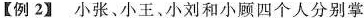
【例2】小张、小王、小刘和小顾四个人分别掌